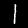
Label: 1